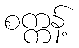
စက္ကန့်